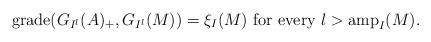
LaTeX: \begin{align*}\operatorname{grade}(G_{I^l}(A)_+, G_{I^l}(M)) = \xi_{I}(M) \mbox{ for every } l > \operatorname{amp}_{I}(M).\end{align*}